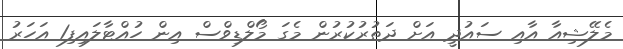
މެލޭޝިއާ އާއި ސައުދީ އަށް ދަތުރުކުރުން މެގަ މޯލްޑިވްސް އިން ހުއްޓާލައިފި1 އަހަރު